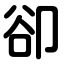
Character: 卻